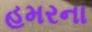
હમરના